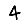
Digit: 4